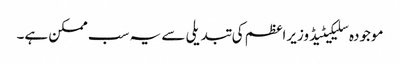
موجودہ سلیکیٹیڈ وزیراعظم کی تبدیلی سے یہ سب ممکن ہے۔